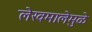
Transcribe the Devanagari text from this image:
लेखमालेमुळे